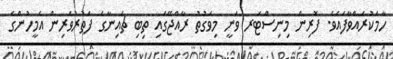
ހާމަކުރައްވާފައެވެ. ފޮރިން މިނިސްޓަރ ވަނީ މިވަގުތު ރާއްޖޭގައި ތިބި ޗައިނާގެ ފަތުރުވެރިން އެމީހުންގެ